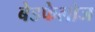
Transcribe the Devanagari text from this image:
बेडफेलोज